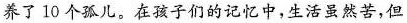
养了10个孤儿。在孩子们的记忆中，生活虽然苦，但